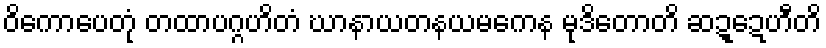
ဝိကောပေတုံ တထာပဂ္ဂဟိတံ ဃာနာယတနယမကေန မုဒိတောတိ ဆဍ္ဍေဟီတိ